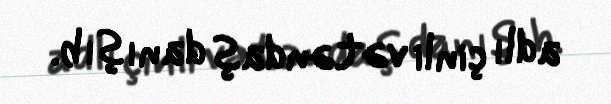
adlı çinli vətəndaş danışıb.